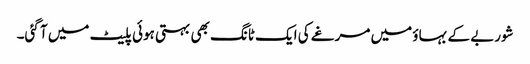
شوربے کے بہاؤ میں مرغے کی ایک ٹانگ بھی بہتی ہوئی پلیٹ میں آ گئی۔